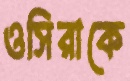
ওসিরাকে